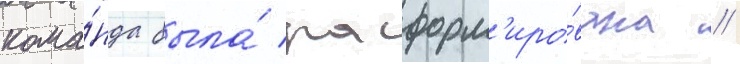
кома́нда была́ расформ'иро́вана //